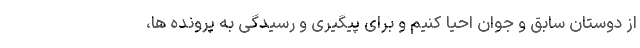
از دوستان سابق و جوان احیا کنیم و برای پیگیری و رسیدگی به پرونده ها،